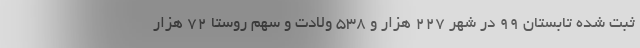
ثبت شده تابستان ۹۹ در شهر ۲۲۷ هزار و ۵۳۸ ولادت و سهم روستا ۷۲ هزار